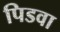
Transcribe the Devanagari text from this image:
पिडवा